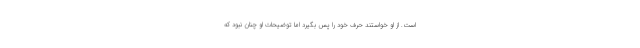
است. از او خواستند حرف خود را پس بگیرد اما توضیحات او چنان نبود که